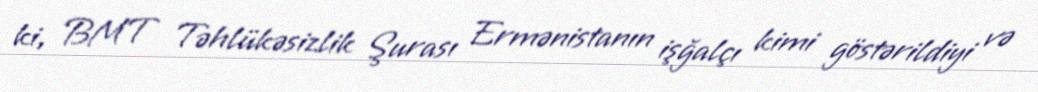
ki, BMT Təhlükəsizlik Şurası Ermənistanın işğalçı kimi göstərildiyi və